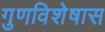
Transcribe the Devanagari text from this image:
गुणविशेषास